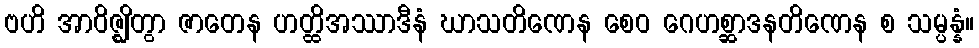
ဗဟိ အာဝိဇ္ဈိတွာ ဇာတေန ဟတ္ထိအဿာဒီနံ ဃာသတိဏေန စေဝ ဂေဟစ္ဆာဒနတိဏေန စ သမ္ပန္နံ။